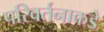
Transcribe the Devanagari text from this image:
परिवर्तनाकडे